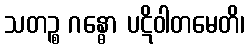
သတဉ္စ ဂန္ဓော ပဋိဝါတမေတိ၊